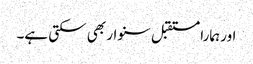
اور ہمارا مستقبل سنوار بھی سکتی ہے۔